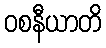
ဝစနီယာတိ